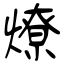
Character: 燎